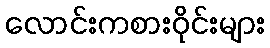
လောင်းကစားဝိုင်းများ